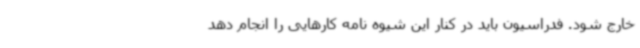
خارج شود. فدراسیون باید در کنار این شیوه نامه کارهایی را انجام دهد